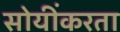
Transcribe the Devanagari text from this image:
सोयींकरता